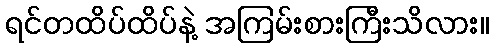
ရင်တထိပ်ထိပ်နဲ့ အကြမ်းစားကြီးသိလား။